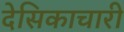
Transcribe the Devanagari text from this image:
देसिकाचारी